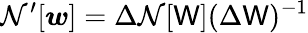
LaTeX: \mathcal{N^{\prime}}[\boldsymbol{w}]=\Delta\mathcal{N}[\mathsf{W}](\Delta\mathsf{W})^{-1}